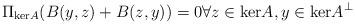
LaTeX: \begin{align*} \Pi_{\mathrm{ker}A} (B(y,z) + B(z,y)) = 0 \forall z \in \mathrm{ker}A, y \in \mathrm{ker}A^\perp\end{align*}